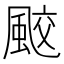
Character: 𩗒